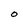
Character: 0